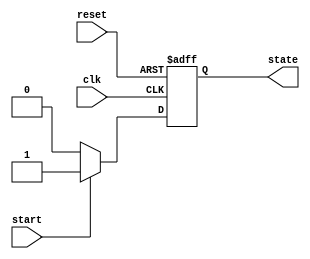
module state_machine (
    input wire clk,          // Clock signal
    input wire reset,        // Asynchronous reset
    input wire start,        // Input signal to transition to ACTIVE state
    output reg state         // Current state output
);

    // State encoding
    localparam IDLE = 1'b0;
    localparam ACTIVE = 1'b1;

    // Always block for state transitions
    always @(posedge clk or posedge reset) begin
        if (reset) begin
            state <= IDLE;  // Reset state to IDLE
        end else begin
            case (state)
                IDLE: begin
                    if (start) begin
                        state <= ACTIVE;  // Transition to ACTIVE state
                    end
                end
                ACTIVE: begin
                    if (!start) begin
                        state <= IDLE;  // Transition back to IDLE state
                    end
                end
                default: state <= IDLE; // Default case to avoid latches
            endcase
        end
    end

endmodule